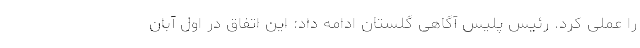
را عملی کرد. رئیس پلیس آگاهی گلستان ادامه داد: این اتفاق در اول آبان